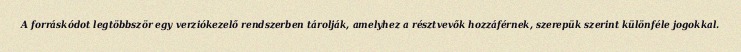
A forráskódot legtöbbször egy verziókezelő rendszerben tárolják, amelyhez a résztvevők hozzáférnek, szerepük szerint különféle jogokkal.